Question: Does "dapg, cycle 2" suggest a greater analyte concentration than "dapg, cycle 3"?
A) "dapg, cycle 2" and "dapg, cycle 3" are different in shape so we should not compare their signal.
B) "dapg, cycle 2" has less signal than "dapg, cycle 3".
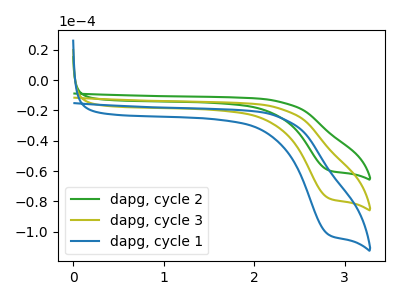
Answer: <think>The green curve "dapg, cycle 2" has a cathodic peak at: (2.80V, -59.30uA). The olive curve "dapg, cycle 3" has a cathodic peak at: (2.80V, -77.65uA). The blue curve "dapg, cycle 1" has a cathodic peak at: (2.80V, -155.35uA).
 All the peaks in "dapg, cycle 2" have a peak in "dapg, cycle 3" at the same potential. Every peak in "dapg, cycle 2" is lower than every peak in "dapg, cycle 3".</think>
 <answer>B) "dapg, cycle 2" has less signal than "dapg, cycle 3".</answer>
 <eval>B</eval>